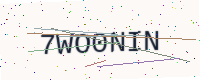
Text: 7WO0NIN